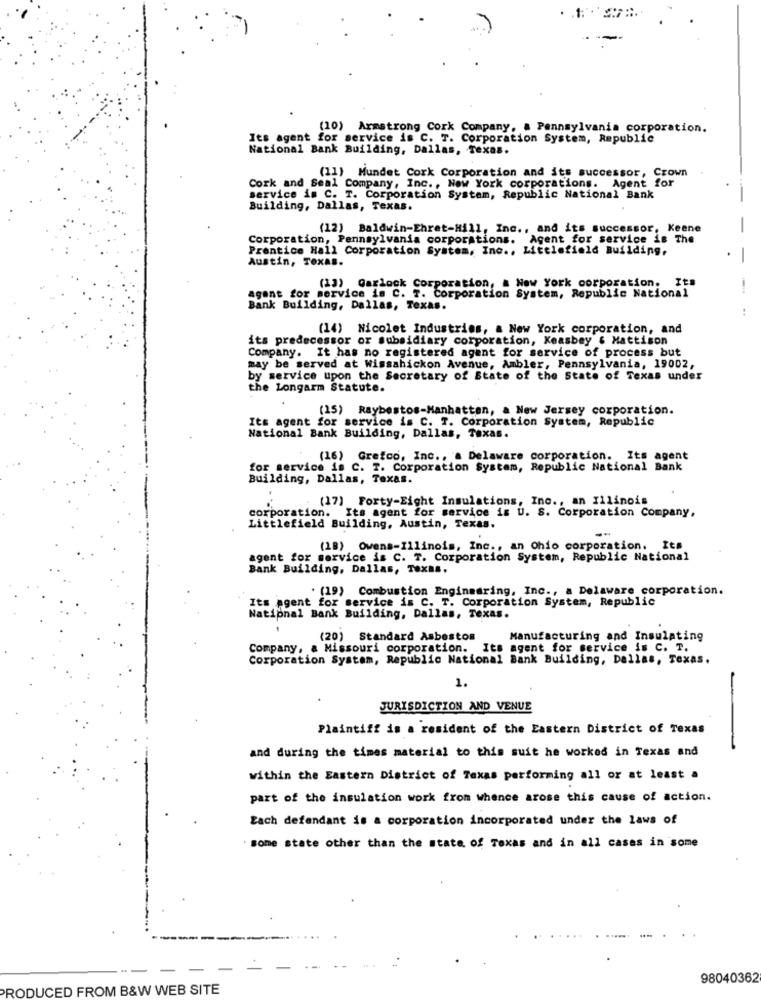
(10) Armstrong Cork Company, a Pennsylvania corporation.
Its agent for service is C. T. Corporation System, Republic
National Bank Building, Dallas, Texas.
(11) Mundet Cork Corporation and its successor, Crown
Cork and Seal Company, Inc ., New York corporations. Agent for
service is C. T. Corporation System, Republic National Bank
Building, Dallas, Texas.
(12) Baldwin-Ehret-Hill, Inc ., and its successor, Keene
Corporation, Pennsylvania corporations. Agent for service is The
Prentice Hall Corporation System, Inc ., Littlefield Building,
Austin, Texas.
(13) Garlock Corporation, & New York corporation. Its
agent for service is C. T. Corporation System, Republic National
Bank Building, Dallas, Texas.
..
(14) Nicolet Industries, a New York corporation, and
its predecessor or subsidiary corporation, Keasbey & Mattison
Company. It has no registered agent for service of process but
may be served at Wissahickon Avenue, Ambler, Pennsylvania, 19002,
by service upon the Secretary of State of the State of Texas under
the Longarm Statute.
(15) Raybestos-Manhattan, a New Jersey corporation.
Its agent for service is C. T. Corporation System, Republic
National Bank Building, Dallas, Texas.
(16) Grefco, Inc ., a Delaware corporation. Its agent
for service is C. T. Corporation System, Republic National Bank
Building, Dallas, Texas.
:(17) Forty-Eight Insulations, Inc ., an Illinois
corporation. Its agent for service is U. S. Corporation Company,
Littlefield Building, Austin, Texas.
(18) Owens-Illinois, Inc ., an Ohio corporation. Its
agent for service is C. T. Corporation System, Republic National
Bank Building, Dallas, Texas.
. (19) Combustion Enginearing, Inc ., a Delaware corporation.
Its agent for service is C. T. Corporation System, Republic
National Bank Building, Dallas, Texas.
(20) Standard Asbestos
Manufacturing and Insulating
Company, a Missouri corporation. Its agent for service is C. T.
Corporation System, Republic National Bank Building, Dallas, Texas.
1.
JURISDICTION AND VENUE
Plaintiff is a resident of the Eastern District of Texas
and during the times material to this suit he worked in Texas and
within the Eastern District of Texas performing all or at least a
part of the insulation work from whence arose this cause of action.
Each defendant is a corporation incorporated under the laws of
some state other than the state of Texas and in all cases in some
98040362
PRODUCED FROM B&W WEB SITE